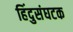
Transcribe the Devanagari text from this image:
हिंदुसंघटक